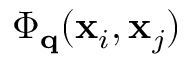
\Phi _ { \mathbf { q } } ( \mathbf { x } _ { i } , \mathbf { x } _ { j } )